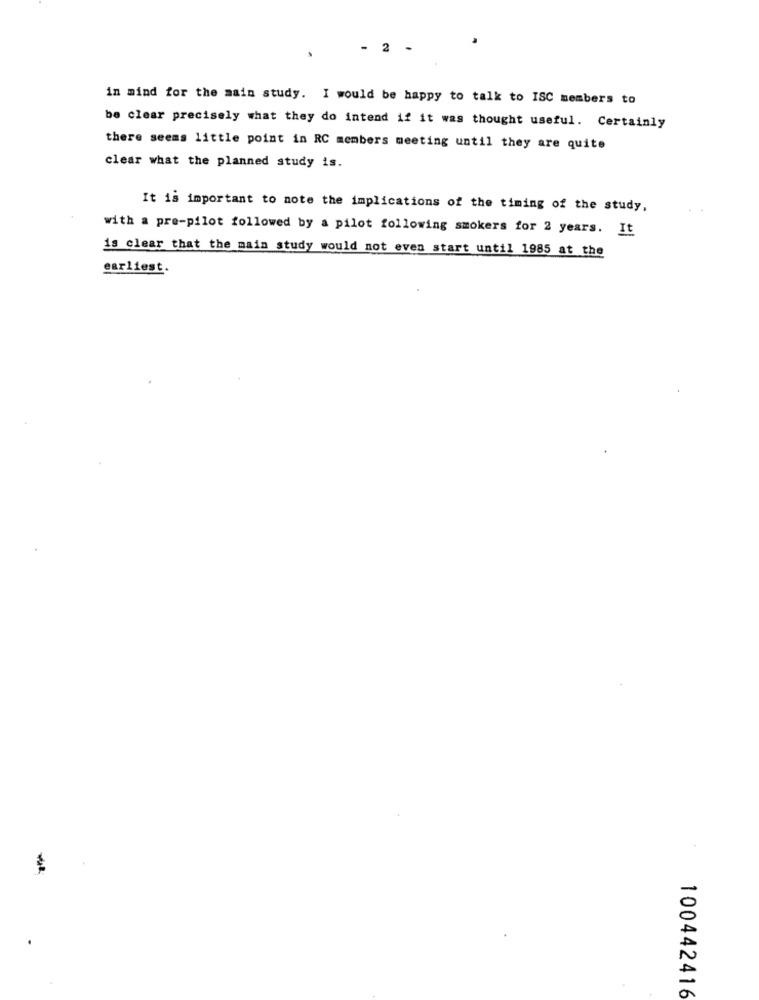
- 2
in mind for the main study. I would be happy to talk to ISC members to
be clear precisely what they do intend if it was thought useful. Certainly
there seems little point in RC members meeting until they are quite
clear what the planned study is.
It is important to note the implications of the timing of the study,
with a pre-pilot followed by a pilot following smokers for 2 years. It
is clear that the main study would not even start until 1985 at the
earliest.
100442416